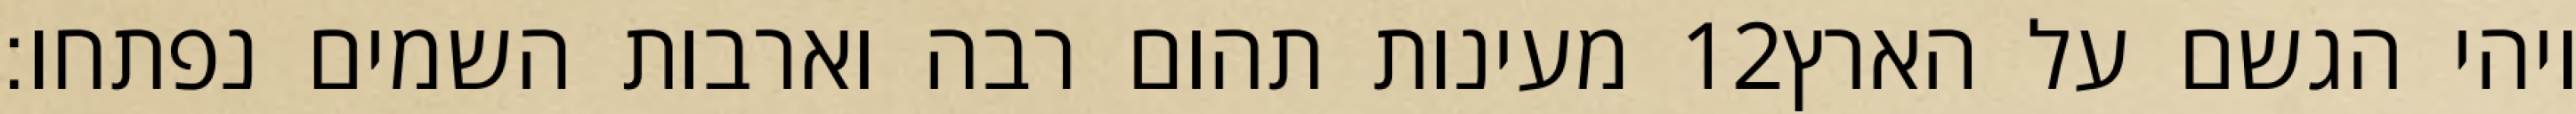
מעינות תהום רבה וארבות השמים נפתחו׃ ‎12‏ ויהי הגשם על הארץ